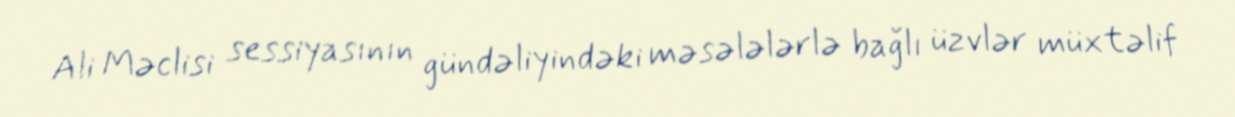
Ali Məclisi sessiyasının gündəliyindəki məsələlərlə bağlı üzvlər müxtəlif